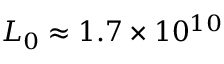
L _ { 0 } \approx 1 . 7 \times 1 0 ^ { 1 0 }